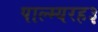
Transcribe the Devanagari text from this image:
पाल्म्यरह३